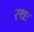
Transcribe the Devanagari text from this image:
रथः